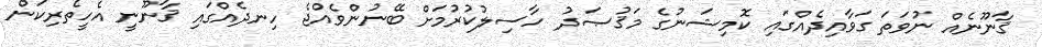
ޤާނޫނެއް ނުވަތަ ގަވާއިދެއްގައި ކޮމިޝަނުގެ މަޤުޞަދު ހާސިލުކުރުމަށް ބޭނުންވެއްޖެ ހިނދެއްގައި ޤާނޫނީ އެހީތެރިކަން